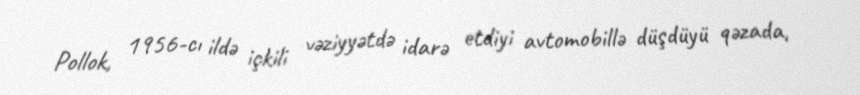
Pollok, 1956-cı ildə içkili vəziyyətdə idarə etdiyi avtomobillə düşdüyü qəzada,